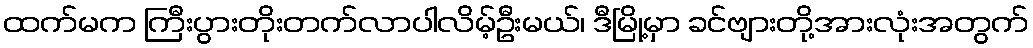
ထက်မက ကြီးပွားတိုးတက်လာပါလိမ့်ဦးမယ်၊ ဒီမြို့မှာ ခင်ဗျားတို့အားလုံးအတွက်